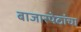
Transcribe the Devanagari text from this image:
बाजारपेठांचा